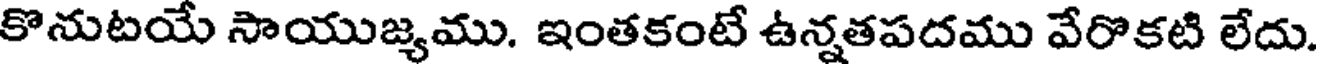
కొనుటయే సాయుజ్యము. ఇంతకంటే ఉన్నతపదము వేరొకటి లేదు